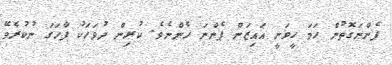
ފެންނަގޮތުން ހަމަ ހީވަނީ އައިޒަން ފެންނަ ހެންނެވެ. ކުރިން ދުވަހަކު ފާހަގަ ނުކުރެވޭ